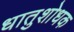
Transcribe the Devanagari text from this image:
धातुशोधक